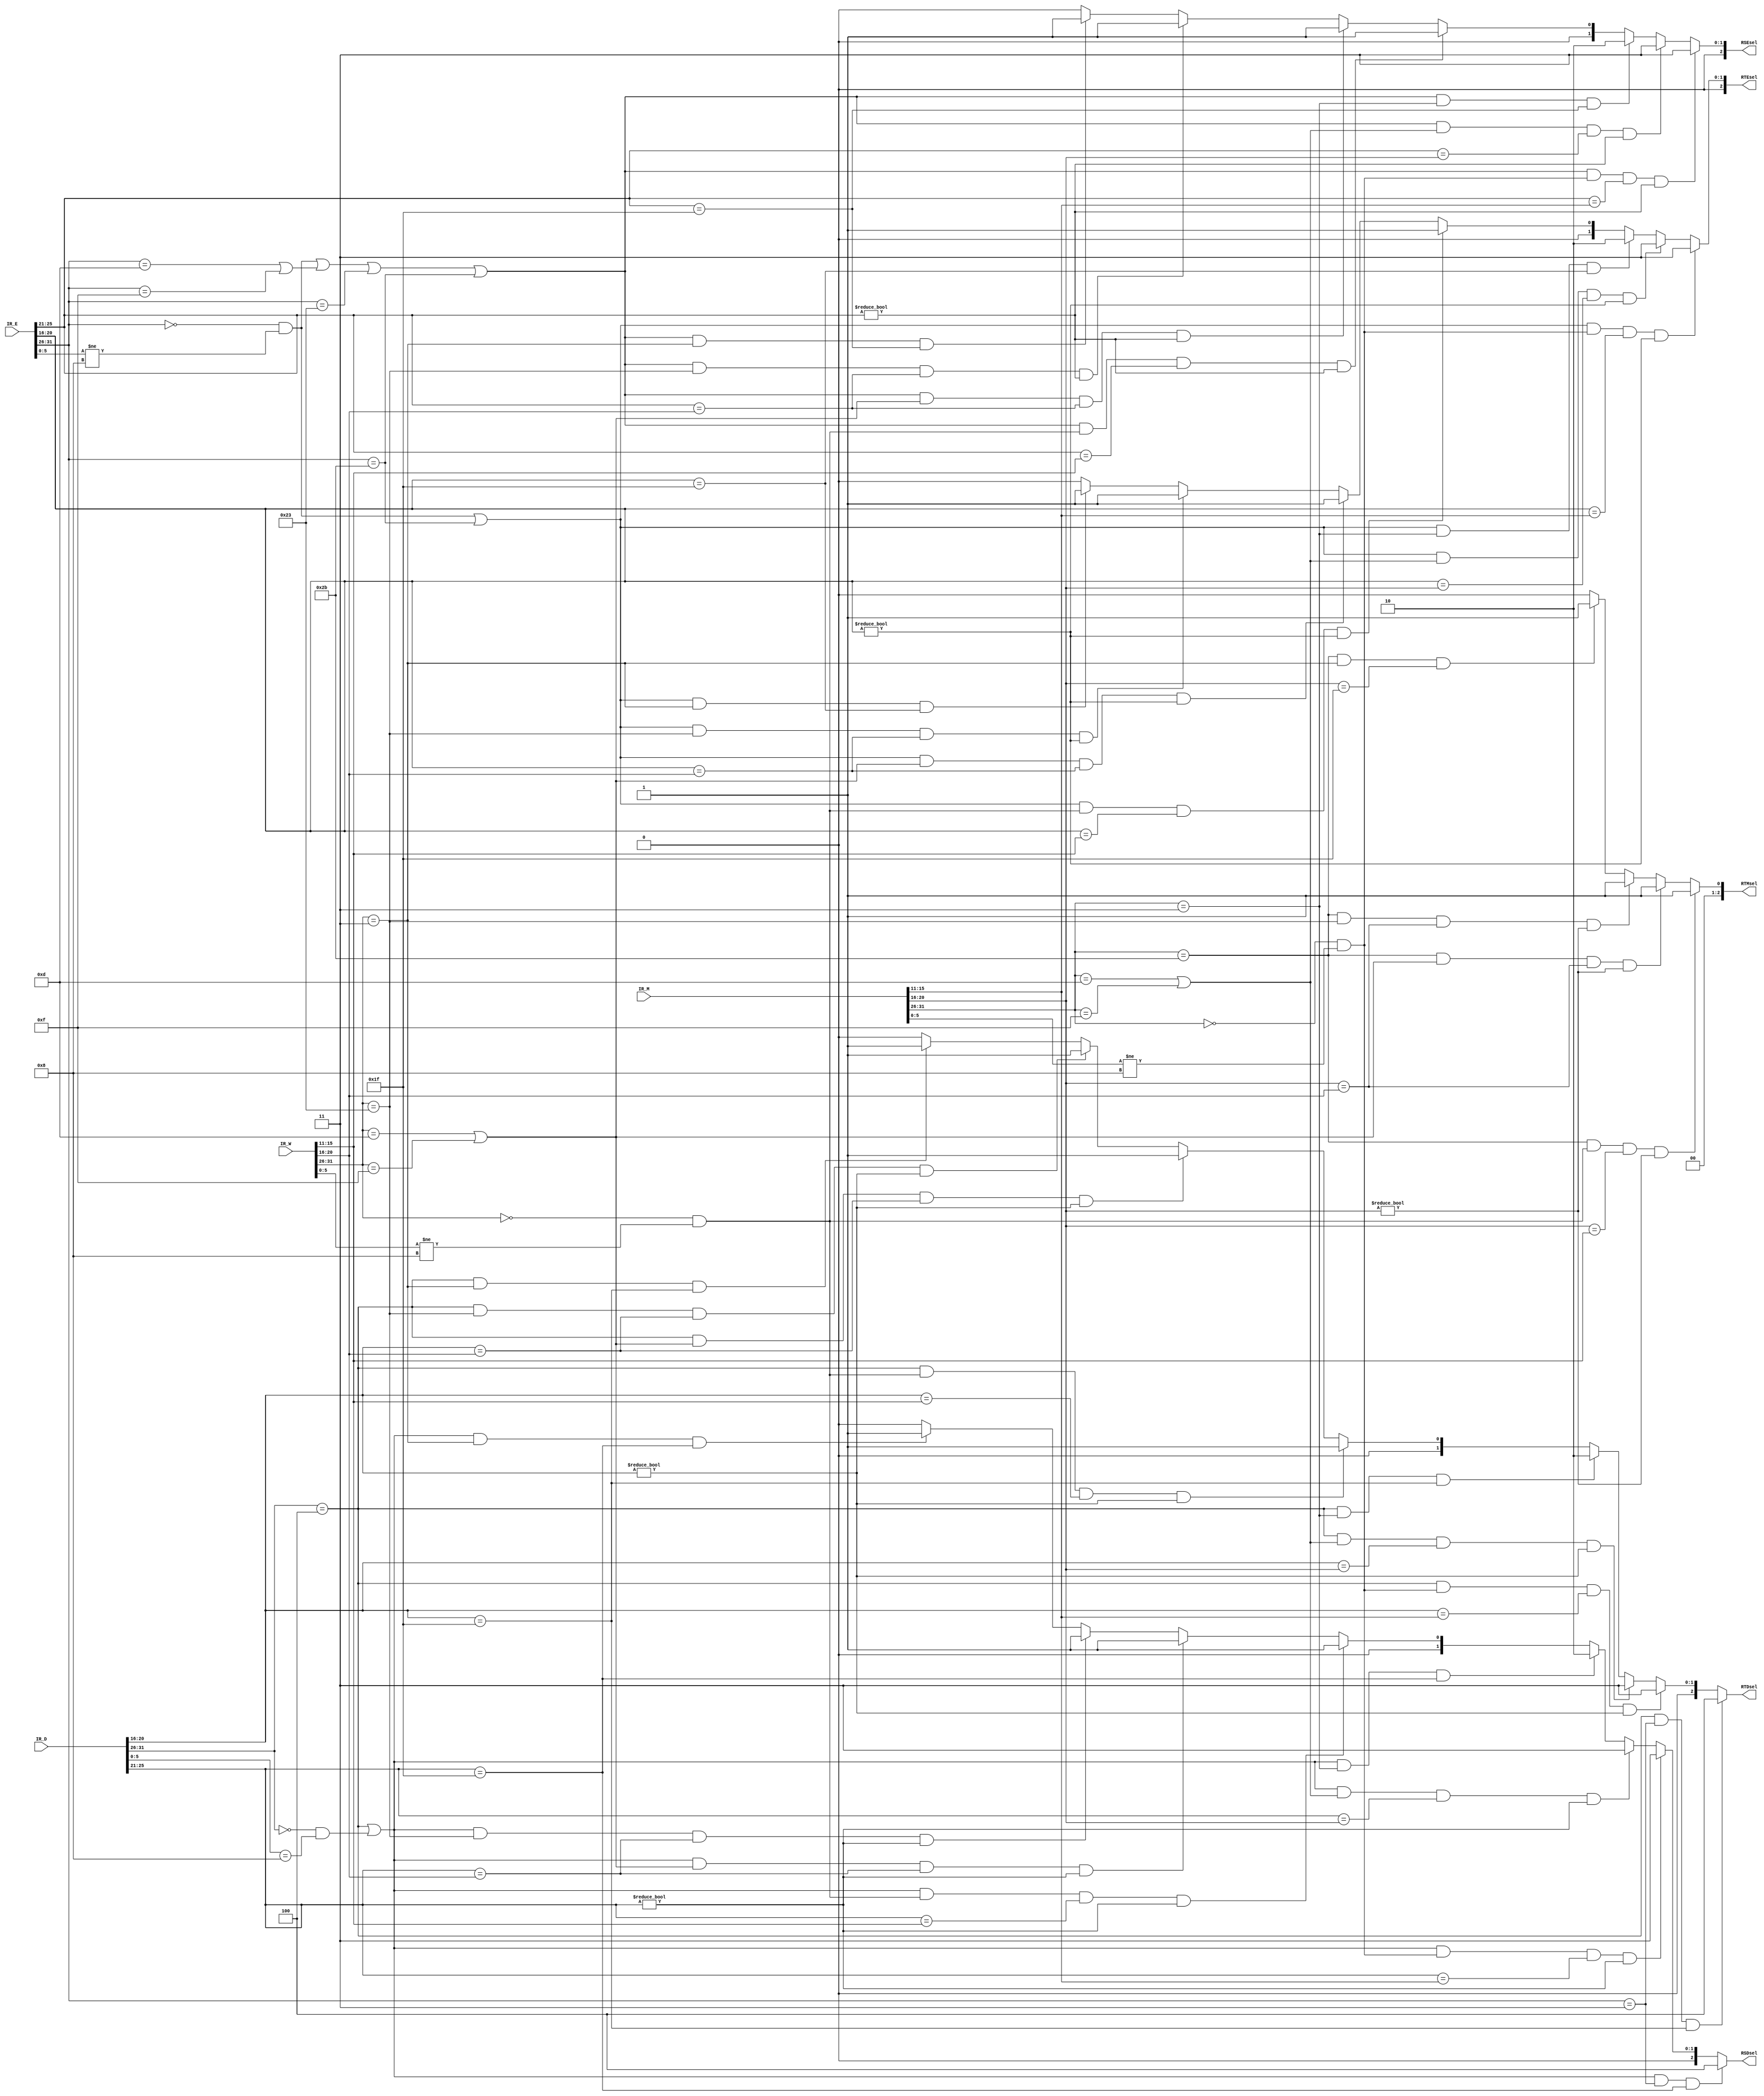
`timescale 1ns / 1ps
//////////////////////////////////////////////////////////////////////////////////
// Company: 
// Engineer: 
// 
// Design Name: 
// Module Name:    Forward 
// Project Name: 
// Target Devices: 
// Tool versions: 
// Description: 
//
// Dependencies: 
//
// Revision: 
// Revision 0.01 - File Created
// Additional Comments: 
//
//////////////////////////////////////////////////////////////////////////////////
`define opcode 31:26
`define func 5:0
`define rs 25:21
`define rt 20:16
`define rd 15:11
module Forward(
    input [31:0] IR_D,
    input [31:0] IR_E,
    input [31:0] IR_M,
    input [31:0] IR_W,
    output [2:0] RSDsel,
    output [2:0] RTDsel,
    output [2:0] RSEsel,
    output [2:0] RTEsel,
	 output [2:0] RTMsel
    );

	parameter R		  = 6'b000000,
				 addu_f = 6'b100001,
				 subu_f = 6'b100011,
				 jr_f   = 6'b001000,
				 ori    = 6'b001101,
				 lw     = 6'b100011,
				 sw     = 6'b101011,
				 beq    = 6'b000100,
				 lui    = 6'b001111,
				 j		  = 6'b000010,
				 jal    = 6'b000011;

	wire b_D, jr_D;
	wire cal_r_E, cal_i_E, jal_E,load_E, store_E;
	wire cal_r_M, cal_i_M, jal_M,load_M, store_M;
	wire cal_r_W, cal_i_W, jal_W,load_W, store_W;
	
	wire [4:0] RS_D,RT_D;
	wire [4:0] RS_E,RT_E,RD_E;
	wire [4:0] RS_M,RT_M,RD_M;
	wire [4:0] RS_W,RT_W,RD_W;
	
	assign {RS_D, RT_D} 		  = {IR_D[`rs], IR_D[`rt]};
	assign {RS_E, RT_E, RD_E} = {IR_E[`rs], IR_E[`rt], IR_E[`rd]};
	assign {RS_M, RT_M, RD_M} = {IR_M[`rs], IR_M[`rt], IR_M[`rd]};
	assign {RS_W, RT_W, RD_W} = {IR_W[`rs], IR_W[`rt], IR_W[`rd]};
	
	assign b_D 		= (IR_D[`opcode] == beq);
	assign jr_D 	= (IR_D[`opcode] == R)   & (IR_D[`func] 	== jr_f);
	
	assign cal_r_E = (IR_E[`opcode] == R) 	 & (IR_E[`func] 	!= jr_f);
	assign cal_i_E = (IR_E[`opcode] == ori) | (IR_E[`opcode] == lui);
	assign jal_E	= (IR_E[`opcode] == jal);
	assign load_E	= (IR_E[`opcode] == lw);
	assign store_E = (IR_E[`opcode] == sw);
	
	assign cal_r_M = (IR_M[`opcode] == R) 	 & (IR_M[`func] 	!= jr_f);
	assign cal_i_M = (IR_M[`opcode] == ori) | (IR_M[`opcode] == lui);
	assign jal_M	= (IR_M[`opcode] == jal);
	assign load_M	= (IR_M[`opcode] == lw);
	assign store_M = (IR_M[`opcode] == sw);
	
	assign cal_r_W = (IR_W[`opcode] == R) 	 & (IR_W[`func] 	!= jr_f);
	assign cal_i_W = (IR_W[`opcode] == ori) | (IR_W[`opcode] == lui);
	assign jal_W	= (IR_W[`opcode] == jal);
	assign load_W	= (IR_W[`opcode] == lw);
	assign store_W = (IR_W[`opcode] == sw);
	
	
	assign RSDsel = ( (b_D | jr_D) & jal_E   & (RS_D == 31) )					  ? 4 :
						 ( (b_D | jr_D) & cal_r_M & (RS_D == RD_M) & (RS_D != 0) ) ? 3 :
						 ( (b_D | jr_D) & cal_i_M & (RS_D == RT_M) & (RS_D != 0) ) ? 3 :
						 ( (b_D | jr_D) & jal_M   & (RS_D == 31) )					  ? 2 :
						 ( (b_D | jr_D) & cal_r_W & (RS_D == RD_W) & (RS_D != 0) ) ? 1 :
						 ( (b_D | jr_D) & cal_i_W & (RS_D == RT_W) & (RS_D != 0) ) ? 1 :
						 ( (b_D | jr_D) & load_W  & (RS_D == RT_W) & (RS_D != 0) ) ? 1 :
						 ( (b_D | jr_D) & jal_W   & (RS_D == 31) )					  ? 1 :
																									    0;
																						  
   assign RTDsel = ( b_D & jal_E   & (RT_D == 31) )					  ? 4 :
						 ( b_D & cal_r_M & (RT_D == RD_M) & (RT_D != 0) ) ? 3 :
						 ( b_D & cal_i_M & (RT_D == RT_M) & (RT_D != 0) ) ? 3 :
						 ( b_D & jal_M   & (RT_D == 31) )					  ? 2 :
						 ( b_D & cal_r_W & (RT_D == RD_W) & (RT_D != 0) ) ? 1 :
						 ( b_D & cal_i_W & (RT_D == RT_W) & (RT_D != 0) ) ? 1 :
						 ( b_D & load_W  & (RT_D == RT_W) & (RT_D != 0) ) ? 1 :
						 ( b_D & jal_W   & (RT_D == 31) )					  ? 1 :
																							 0;
																			 
   assign RSEsel = ( (cal_r_E | cal_i_E | load_E | store_E) & cal_r_M & (RS_E == RD_M) & (RS_E != 0) ) ? 3 :
						 ( (cal_r_E | cal_i_E | load_E | store_E) & cal_i_M & (RS_E == RT_M) & (RS_E != 0) ) ? 3 :
						 ( (cal_r_E | cal_i_E | load_E | store_E) & jal_M   & (RS_E == 31) )					    ? 2 :
						 ( (cal_r_E | cal_i_E | load_E | store_E) & cal_r_W & (RS_E == RD_W) & (RS_E != 0) ) ? 1 :
						 ( (cal_r_E | cal_i_E | load_E | store_E) & cal_i_W & (RS_E == RT_W) & (RS_E != 0) ) ? 1 :
						 ( (cal_r_E | cal_i_E | load_E | store_E) & load_W  & (RS_E == RT_W) & (RS_E != 0) ) ? 1 :
						 ( (cal_r_E | cal_i_E | load_E | store_E) & jal_W   & (RS_E == 31) )					    ? 1 :
																																		   0;
			
   assign RTEsel = ( (cal_r_E | store_E) & cal_r_M & (RT_E == RD_M) & (RT_E != 0) ) ? 3 :
						 ( (cal_r_E | store_E) & cal_i_M & (RT_E == RT_M) & (RT_E != 0) ) ? 3 :
						 ( (cal_r_E | store_E) & jal_M   & (RT_E == 31) )					   ? 2 :
						 ( (cal_r_E | store_E) & cal_r_W & (RT_E == RD_W) & (RT_E != 0) ) ? 1 :
						 ( (cal_r_E | store_E) & cal_i_W & (RT_E == RT_W) & (RT_E != 0) ) ? 1 :
						 ( (cal_r_E | store_E) & load_W  & (RT_E == RT_W) & (RT_E != 0) ) ? 1 :
						 ( (cal_r_E | store_E) & jal_W   & (RT_E == 31) )					   ? 1 :
																												  0;
	assign RTMsel = ( store_M & cal_r_W & (RT_M == RD_W) & (RT_M != 0) ) ? 1 :
						 ( store_M & cal_i_W & (RT_M == RT_W) & (RT_M != 0) ) ? 1 :
						 ( store_M & load_W  & (RT_M == RT_W) & (RT_M != 0) ) ? 1 :
						 ( store_M & jal_W   & (RT_M == 31) )					   ? 1 :
																								  0;
	
endmodule